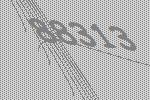
88313